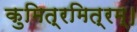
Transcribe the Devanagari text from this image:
कुमित्रमित्रम्।